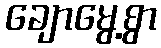
ချောမွေ့စွာ